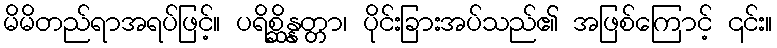
မိမိတည်ရာအရပ်ဖြင့်။ ပရိစ္ဆိန္နတ္တာ၊ ပိုင်းခြားအပ်သည်၏ အဖြစ်ကြောင့် ၎င်း။